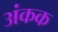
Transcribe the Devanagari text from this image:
अंकक